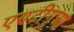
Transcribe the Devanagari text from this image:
एण्टीगुआ